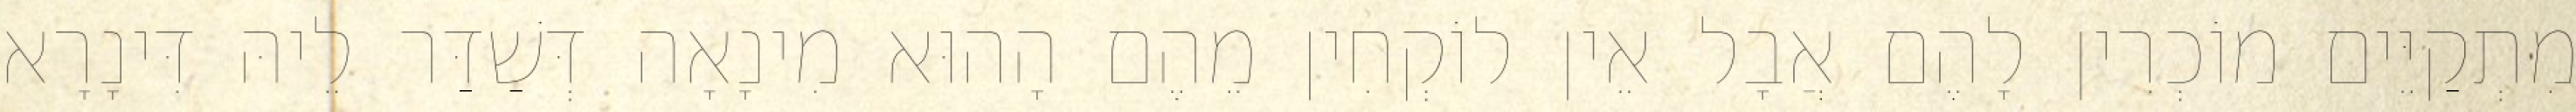
מִתְקַיֵּים מוֹכְרִין לָהֶם אֲבָל אֵין לוֹקְחִין מֵהֶם הָהוּא מִינָאָה דְּשַׁדַּר לֵיהּ דִּינָרָא